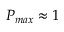
P _ { m a x } \approx 1